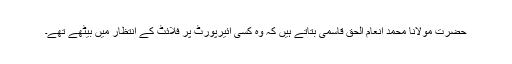
حضرت مولانا محمد انعام الحق قاسمی بتاتے ہیں کہ وہ کسی ائیرپورٹ پر فلائٹ کے انتظار میں بیٹھے تھے۔